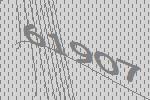
61907